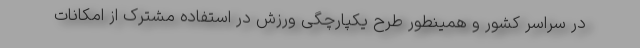
در سراسر کشور و همینطور طرح یکپارچگی ورزش در استفاده مشترک از امکانات